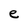
Character: e